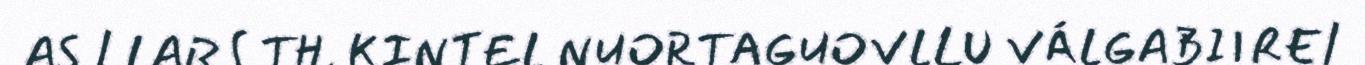
AS / LARS TH. KINTEL NUORTAGUOVLLU VÁLGABIIRE/